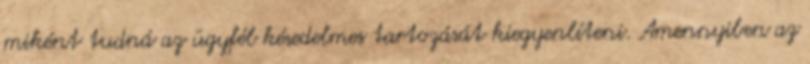
miként tudná az ügyfél késedelmes tartozását kiegyenlíteni. Amennyiben az